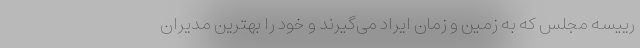
رییسه مجلس که به زمین و زمان ایراد می‌گیرند و خود را بهترین مدیران